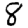
Digit: 8